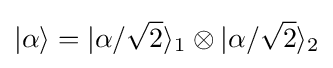
|\alpha \rangle =|\alpha /{\sqrt {2}}\rangle _{1}\otimes |\alpha /{\sqrt {2}}\rangle _{2}